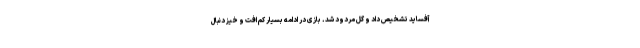
آفساید تشخیص داد و گل مردود شد. بازی در ادامه بسیار کم افت و خیز دنبال